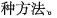
种方法。